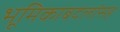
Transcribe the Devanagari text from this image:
भूमिकाबदलांसह